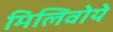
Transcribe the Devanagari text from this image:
मिलिवोये